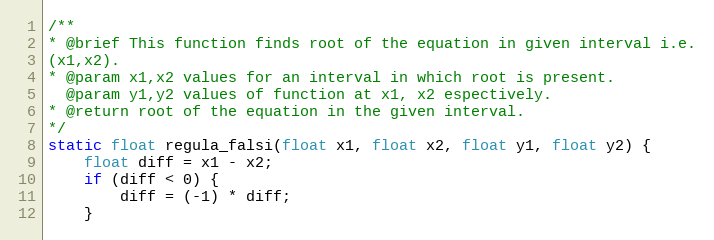
Language: C++
/**
* @brief This function finds root of the equation in given interval i.e.
(x1,x2).
* @param x1,x2 values for an interval in which root is present.
  @param y1,y2 values of function at x1, x2 espectively.
* @return root of the equation in the given interval.
*/
static float regula_falsi(float x1, float x2, float y1, float y2) {
    float diff = x1 - x2;
    if (diff < 0) {
        diff = (-1) * diff;
    }